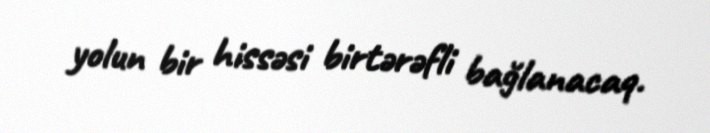
yolun bir hissəsi birtərəfli bağlanacaq.